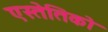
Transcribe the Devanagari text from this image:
एस्तेतिको